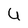
Character: U